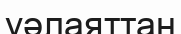
уәлаяттан